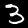
Digit: 3